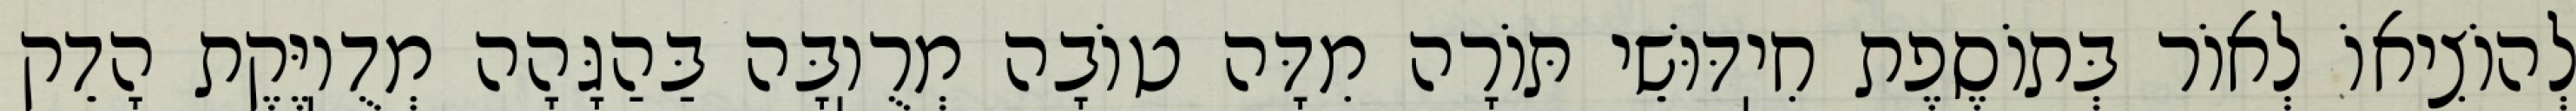
לְהוֹצִיאוֹ לְאוֹר בְּתוֹסֶפֶת חִיֽדּוּשֵׁי תּוֹרָה מִדָּה טוֹבָה מְרֻוֽבָּה בַּהַגָּהָה מְדֻוֽיֶּקֶת הָדֵק